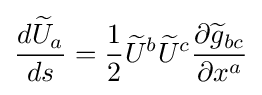
{\frac {d{\widetilde {U}}_{a}}{ds}}={\frac {1}{2}}{\widetilde {U}}^{b}{\widetilde {U}}^{c}{\frac {\partial {\widetilde {g}}_{bc}}{\partial x^{a}}}